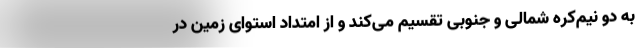
به دو نیم‌کره شمالی و جنوبی تقسیم می‌کند و از امتداد استوای زمین در